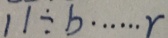
1 1 \div b \cdots r